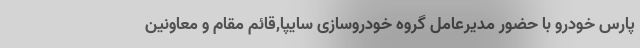
پارس خودرو با حضور مدیرعامل گروه خودروسازی سایپا,قائم مقام و معاونین